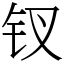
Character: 钗